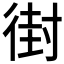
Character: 𫹚